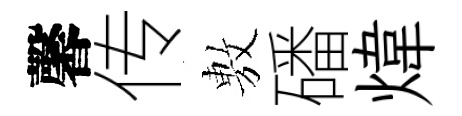
馨传𢾾磻煒